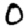
Digit: 0